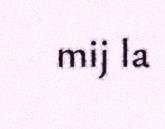
mij la